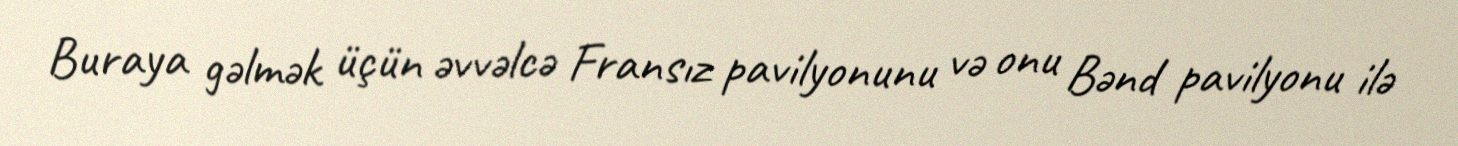
Buraya gəlmək üçün əvvəlcə Fransız pavilyonunu və onu Bənd pavilyonu ilə